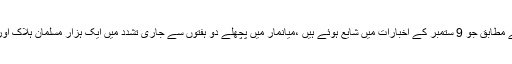
اقوام متحدہ کے تازہ ترین اعداد و شمار کے مطابق جو 9 ستمبر کے اخبارات میں شایع ہوئے ہیں ،میانمار میں پچھلے دو ہفتوں سے جاری تشدد میں ایک ہزار مسلمان ہلاک اور دو لاکھ ستر ہزار بے وطن ہو چکے ہیں۔